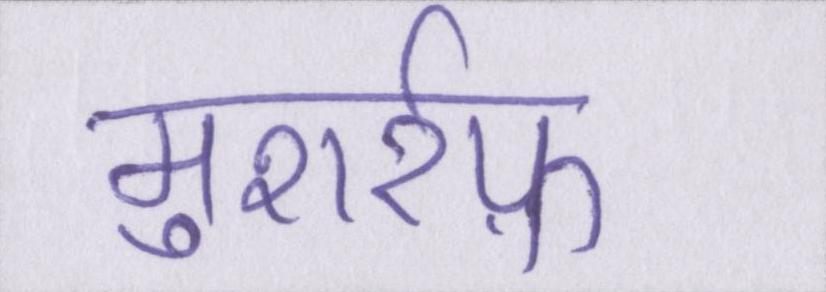
मुशर्रफ़